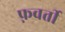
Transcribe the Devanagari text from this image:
फ़्रवर्ती